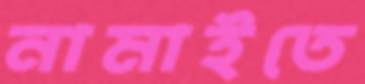
নামাইতে